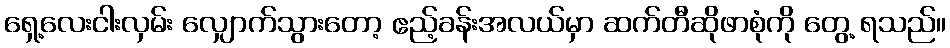
ရှေ့လေးငါးလှမ်း လျှောက်သွားတော့ ဧည့်ခန်းအလယ်မှာ ဆက်တီဆိုဖာစုံကို တွေ့ ရသည်။